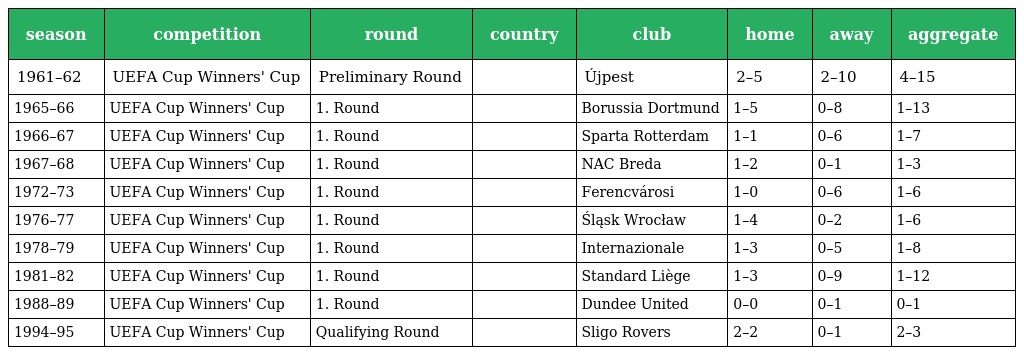
| season | competition | round | country | club | home | away | aggregate |
 | --- | --- | --- | --- | --- | --- | --- | --- |
 | 1961–62 | UEFA Cup Winners' Cup | Preliminary Round |  | Újpest | 2–5 | 2–10 | 4–15 |
 | 1965–66 | UEFA Cup Winners' Cup | 1. Round |  | Borussia Dortmund | 1–5 | 0–8 | 1–13 |
 | 1966–67 | UEFA Cup Winners' Cup | 1. Round |  | Sparta Rotterdam | 1–1 | 0–6 | 1–7 |
 | 1967–68 | UEFA Cup Winners' Cup | 1. Round |  | NAC Breda | 1–2 | 0–1 | 1–3 |
 | 1972–73 | UEFA Cup Winners' Cup | 1. Round |  | Ferencvárosi | 1–0 | 0–6 | 1–6 |
 | 1976–77 | UEFA Cup Winners' Cup | 1. Round |  | Śląsk Wrocław | 1–4 | 0–2 | 1–6 |
 | 1978–79 | UEFA Cup Winners' Cup | 1. Round |  | Internazionale | 1–3 | 0–5 | 1–8 |
 | 1981–82 | UEFA Cup Winners' Cup | 1. Round |  | Standard Liège | 1–3 | 0–9 | 1–12 |
 | 1988–89 | UEFA Cup Winners' Cup | 1. Round |  | Dundee United | 0–0 | 0–1 | 0–1 |
 | 1994–95 | UEFA Cup Winners' Cup | Qualifying Round |  | Sligo Rovers | 2–2 | 0–1 | 2–3 |